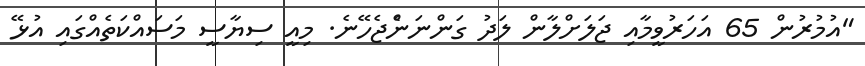
"އުމުރުން 65 އަހަރުވީމާއި ޖަލަށްލާން ލަދު ގަންނަންެޖެހޭނެ. މިއީ ސިޔާސީ މަސައްކަތެއްގައި އުޅޭ